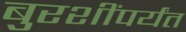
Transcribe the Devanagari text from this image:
बुरशींपर्यंत